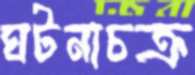
ঘটনাচক্র